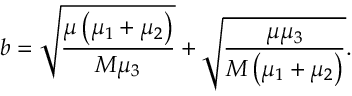
b = \sqrt { \frac { \mu \left( \mu _ { 1 } + \mu _ { 2 } \right) } { M \mu _ { 3 } } } + \sqrt { \frac { \mu \mu _ { 3 } } { M \left( \mu _ { 1 } + \mu _ { 2 } \right) } } .